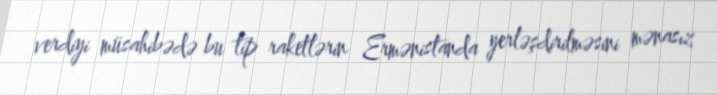
verdiyi müsahibədə bu tip raketlərin Ermənistanda yerləşdirilməsini mənasız